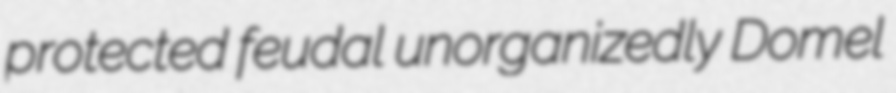
protected feudal unorganizedly Domel